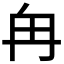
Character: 𫡒